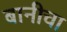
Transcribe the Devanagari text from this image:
बानीचा